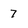
Character: 7